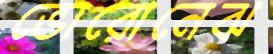
ভোরোনেঝ